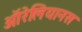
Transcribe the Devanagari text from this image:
ऑरेलियानस